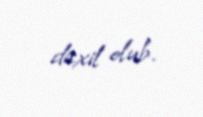
daxil olub.